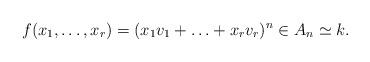
LaTeX: \begin{align*} f(x_1,\ldots, x_r) = (x_1v_1 + \ldots + x_rv_r)^n \in A_n \simeq k. \end{align*}